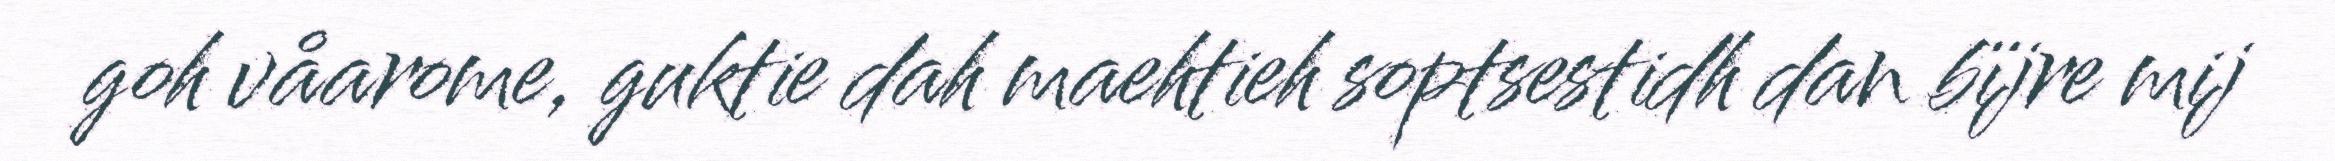
goh våarome, guktie dah maehtieh soptsestidh dan bïjre mij